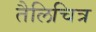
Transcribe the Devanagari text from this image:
तैलिचित्र